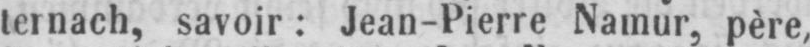
ternach, savoir: Jean-Pierre Namur, père,